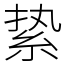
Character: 絷